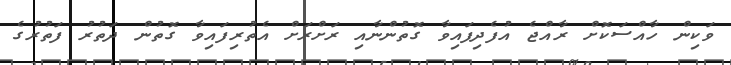
ވަކިން ހާއްސަކޮށް ރާއްޖެ އުފެދިފައިވާ ގޮތުންނާއި ރަށްރަށް އެތުރިފައިވާ ގޮތުން ދަތުރު ފަތުރުގެ